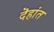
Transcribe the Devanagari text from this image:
दॆहांत